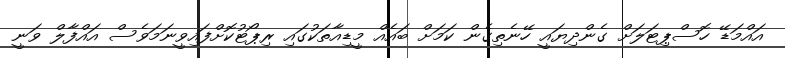
އައްމަޑޭ ހޮސްޕިޓަލަށް ގެންދިޔައީ ހޭނެތިގެން ކަމަށް ބައެއް މީޑިއާތަކުގައި ރިޕޯޓުކޮށްފައިވީނަމަވެސް އައްފާލް ވަނީ